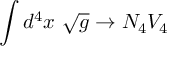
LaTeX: \int d ^ { 4 } x \ \sqrt { g } \rightarrow N _ { 4 } V _ { 4 }